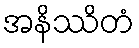
အနိဿိတံ